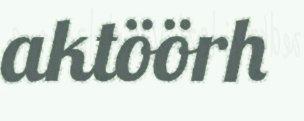
aktöörh